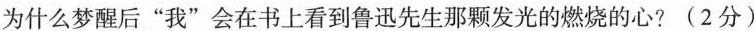
为什么梦醒后“我”会在书上看到鲁迅先生那颗发光的燃烧的心?(2分)